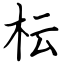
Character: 枟